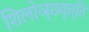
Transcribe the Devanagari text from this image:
शिलोञ्छवृत्ति